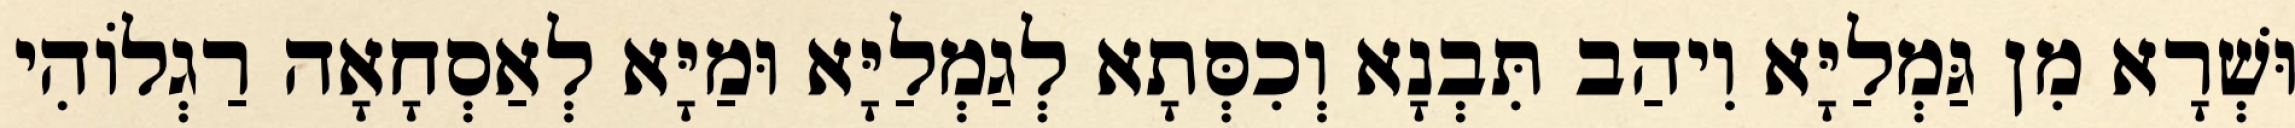
וּשְׁרָא מִן גַּמְלַיָּא וִיהַב תִּבְנָא וְכִסְּתָא לְגַמְלַיָּא וּמַיָּא לְאַסְחָאָה רַגְלוֹהִי